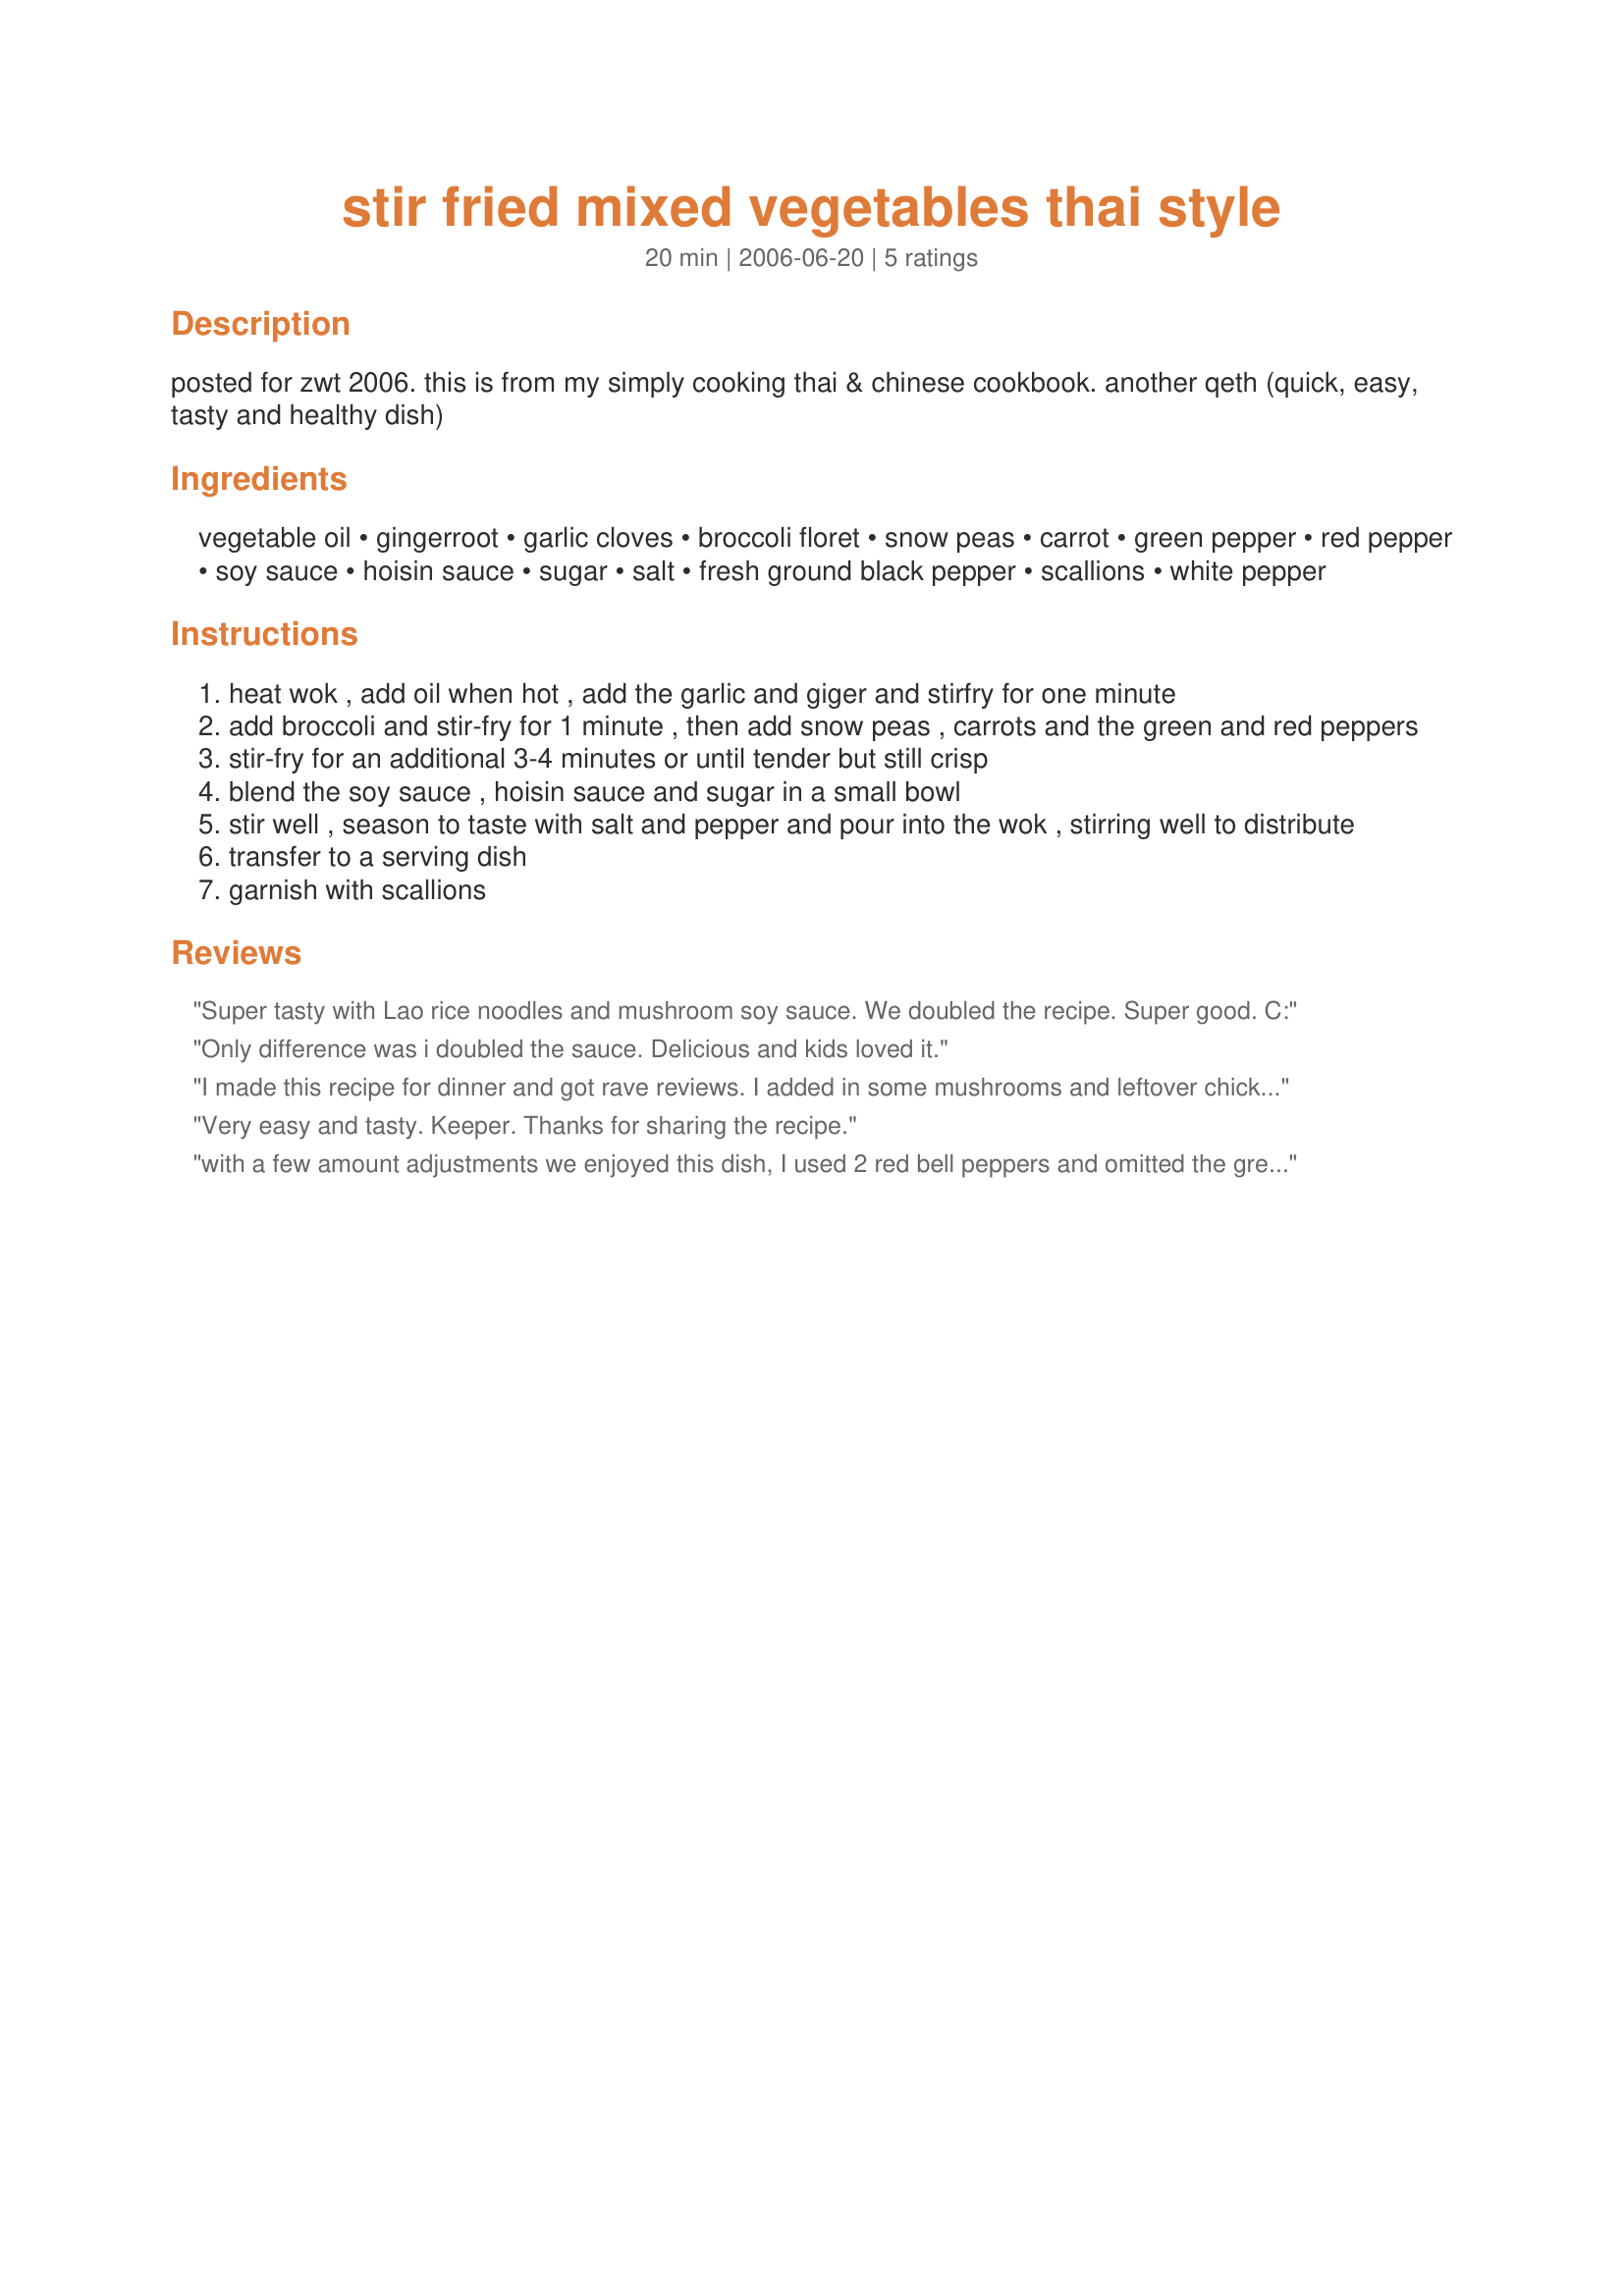
stir fried mixed vegetables thai style
Preparation time: 20 minutes

posted for zwt 2006. this is from my simply cooking thai & chinese cookbook. another qeth (quick, easy, tasty and healthy dish)

Ingredients:
vegetable oil, gingerroot, garlic cloves, broccoli floret, snow peas, carrot, green pepper, red pepper, soy sauce, hoisin sauce, sugar, salt, fresh ground black pepper, scallions, white pepper

Steps:
heat wok , add oil when hot , add the garlic and giger and stirfry for one minute
add broccoli and stir-fry for 1 minute , then add snow peas , carrots and the green and red peppers
stir-fry for an additional 3-4 minutes or until tender but still crisp
blend the soy sauce , hoisin sauce and sugar in a small bowl
stir well , season to taste with salt and pepper and pour into the wok , stirring well to distribute
transfer to a serving dish
garnish with scallions

Reviews:
Super tasty with Lao rice noodles and mushroom soy sauce. We doubled the recipe. Super good. C:
Only difference was i doubled the sauce.
Delicious and kids loved it.
I made this recipe for dinner and got rave reviews. I added in some mushrooms and leftover chicken and doubled the sauce like another reviewer and served it over rice. The next time I make this I will not add any salt as I thought that it was salty enough due to the soy sauce. Thank you Galley Wench for posting a new family favourite.
Very easy and tasty. Keeper. Thanks for sharing the recipe.
with a few amount adjustments we enjoyed this dish, I used 2 red bell peppers and omitted the green, I also onitted the snow peas, thanks for sharing Galley!...Kitten:)
